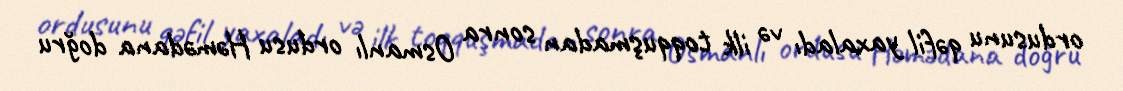
ordusunu qəfil yaxaladı və ilk toqquşmadan sonra Osmanlı ordusu Həmədana doğru